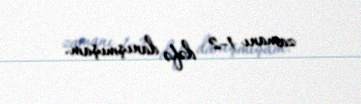
zamanı 1-2 dəfə danışmışam.